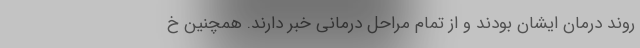
روند درمان ایشان بودند و از تمام مراحل درمانی خبر دارند. همچنین خ